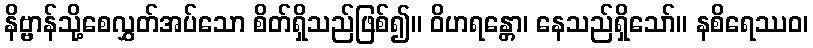
နိဗ္ဗာန်သို့စေလွှတ်အပ်သော စိတ်ရှိသည်ဖြစ်၍။ ဝိဟရန္တော၊ နေသည်ရှိသော်။ နစိရေဿဝ၊